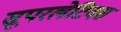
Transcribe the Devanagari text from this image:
सूपरलेटिवस